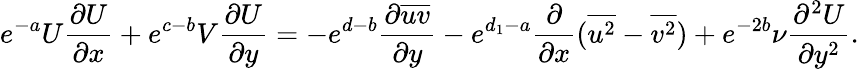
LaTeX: e^{-a}U\frac{\partial U}{\partial x}+e^{c-b}V\frac{\partial U}{\partial y}=-e^{d-b}\frac{\partial{\overline{{uv}}}}{\partial{y}}-e^{d_{1}-a}\frac{\partial}{\partial x}(\overline{{u^{2}}}-\overline{{v^{2}}})+e^{-2b}\nu\frac{\partial^{2}U}{\partial y^{2}}.